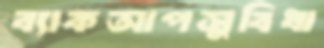
ব্যাকআপসুবিধা